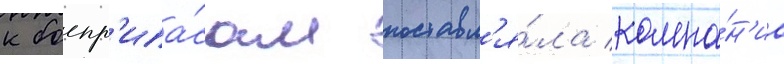
к боепр'ипа́сам поставл'я́ла компа́н'иа